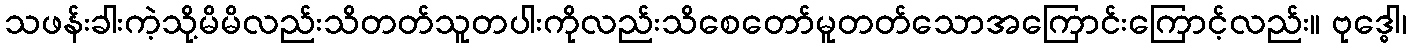
သဖန်းခါးကဲ့သို့မိမိလည်းသိတတ်သူတပါးကိုလည်းသိစေတော်မူတတ်သောအကြောင်းကြောင့်လည်း။ ဗုဒ္ဓေါ၊